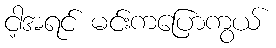
ငါ့အရင် မင်းကပြောကွယ်